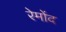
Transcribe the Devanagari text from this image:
रेमोंद